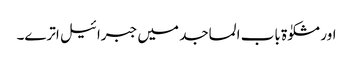
اور مشکوٰۃ باب المساجد میں جبرائیل اترے۔